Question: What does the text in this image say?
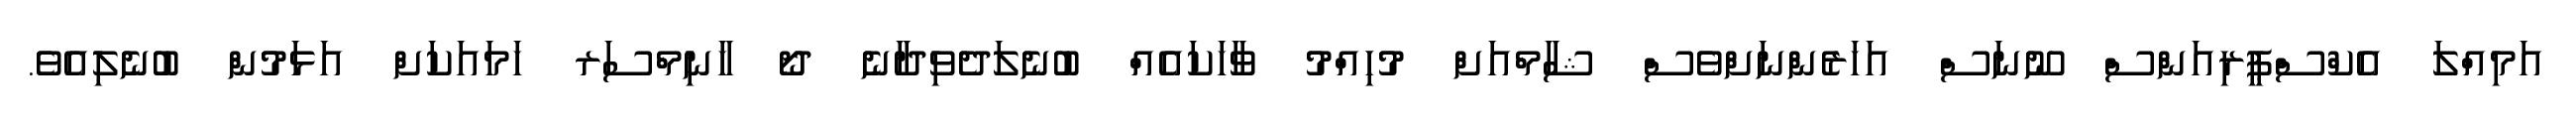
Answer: އަމިއްލަ އެކްސްޕީރިއަންސް ނޫނަސް އަހަރެންނަށްވެސް ޝާމްއަށް މުހިއްމު ވާހަކައެއް ބުނެލަދެވިދާނެ ދޯ ހާނިމްސަރ ހަމައަކަށް އަޅަމުން ބުނެލިއެވެ.